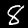
Label: 8